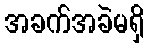
အခက်အခဲမရှိ